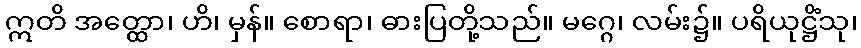
ဣတိ အတ္ထော၊ ဟိ၊ မှန်။ စောရာ၊ ဓားပြတို့သည်။ မဂ္ဂေ၊ လမ်း၌။ ပရိယုဋ္ဌိံသု၊